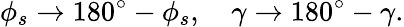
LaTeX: \phi_{s}\to 180^{\circ}-\phi_{s},\quad\gamma\to 180^{\circ}-\gamma.